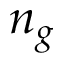
n _ { g }